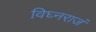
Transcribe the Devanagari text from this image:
विघ्नराजं